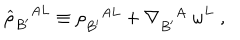
LaTeX: { \widehat \rho } _ { B ^ { \prime } } ^ { A L } \equiv \rho _ { B ^ { \prime } } ^ { A L } + \nabla _ { B ^ { \prime } } ^ { A } \; \omega ^ { L } \; ,